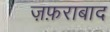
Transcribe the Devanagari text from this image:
ज़फ़राबाद